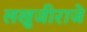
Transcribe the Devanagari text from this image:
लखुजीराजे